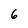
Character: 6